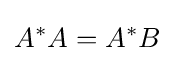
A^{*}A=A^{*}B